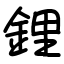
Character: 鋰